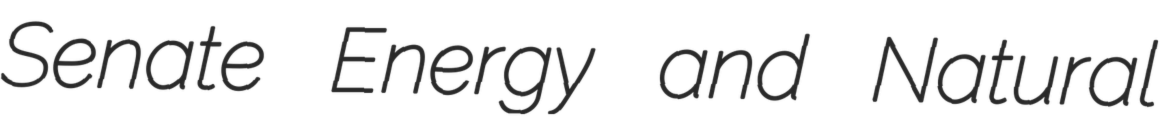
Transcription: Senate Energy and Natural